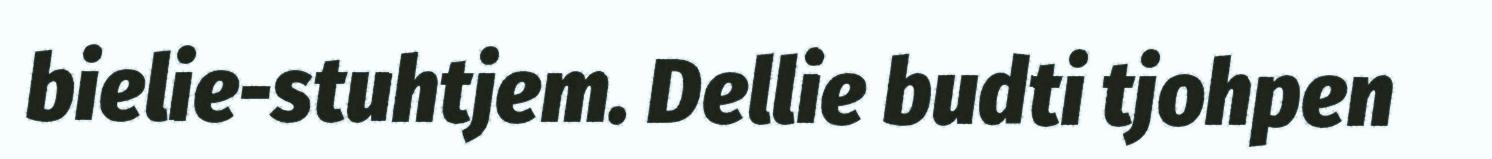
bielie-stuhtjem. Dellie budti tjohpen